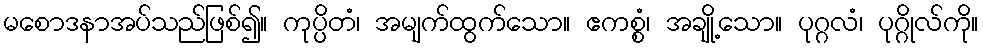
မစောဒနာအပ်သည်ဖြစ်၍။ ကုပ္ပိတံ၊ အမျက်ထွက်သော။ ဧကစ္စံ၊ အချို့သော။ ပုဂ္ဂလံ၊ ပုဂ္ဂိုလ်ကို။